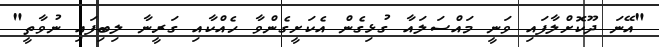
"އޭނަ ދޫކޮށްލާފައި ވަނީ މައްސަލައާ ގުޅިގެން އެކަށީގެންވާ ހެއްކާއި ގަރީނާ ލިބިފައި ނުވާތީ"